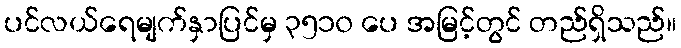
ပင်လယ်ရေမျက်နှာပြင်မှ ၃၅၁၀ ပေ အမြင့်တွင် တည်ရှိသည်။